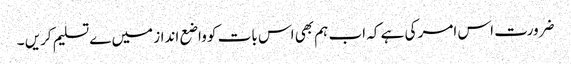
ضرورت اس امر کی ہے کہ اب ہم بھی اس بات کو واضع انداز میں ےتسلیم کریں ۔